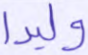
وليدا